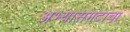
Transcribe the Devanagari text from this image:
अभ्यासगटाचा